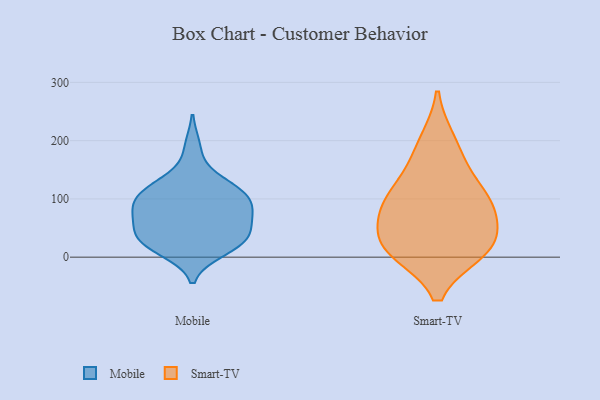
{"axis": {"x": "Operating Costs (USD K)", "y": "Value"}, "legend": ["Mobile", "Smart-TV"], "data": [{"x": "", "y": 103, "type": "Mobile"}, {"x": "", "y": 131, "type": "Mobile"}, {"x": "", "y": 69, "type": "Mobile"}, {"x": "", "y": 37, "type": "Mobile"}, {"x": "", "y": 11, "type": "Mobile"}, {"x": "", "y": 62, "type": "Mobile"}, {"x": "", "y": 97, "type": "Mobile"}, {"x": "", "y": 37, "type": "Mobile"}, {"x": "", "y": 25, "type": "Mobile"}, {"x": "", "y": 120, "type": "Mobile"}, {"x": "", "y": 189, "type": "Mobile"}, {"x": "", "y": 124, "type": "Mobile"}, {"x": "", "y": 16, "type": "Mobile"}, {"x": "", "y": 70, "type": "Mobile"}, {"x": "", "y": 97, "type": "Mobile"}, {"x": "", "y": 81, "type": "Mobile"}, {"x": "", "y": 43, "type": "Mobile"}, {"x": "", "y": 24, "type": "Mobile"}, {"x": "", "y": 97, "type": "Mobile"}, {"x": "", "y": 103, "type": "Smart-TV"}, {"x": "", "y": 25, "type": "Smart-TV"}, {"x": "", "y": 199, "type": "Smart-TV"}, {"x": "", "y": 17, "type": "Smart-TV"}, {"x": "", "y": 156, "type": "Smart-TV"}, {"x": "", "y": 97, "type": "Smart-TV"}, {"x": "", "y": 69, "type": "Smart-TV"}, {"x": "", "y": 15, "type": "Smart-TV"}, {"x": "", "y": 90, "type": "Smart-TV"}, {"x": "", "y": 11, "type": "Smart-TV"}]}